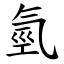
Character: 氫